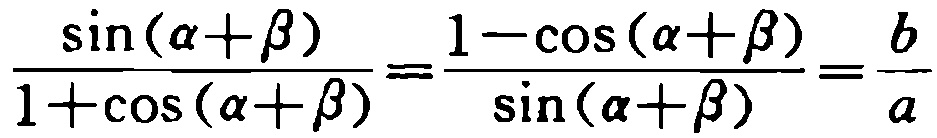
\(\frac{\sin(\alpha+\beta)}{1 + \cos(\alpha+\beta)}=\frac{1-\cos(\alpha+\beta)}{\sin(\alpha+\beta)}=\frac{b}{a}\)